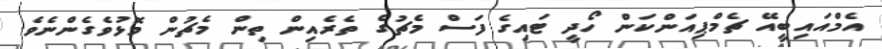
އެމްއައިބީއޭ ޗެމްޕިއަންކަން ހޯދީ ޓައިގެ ފަސް މެޗުގެ ތެރެއިން ތިން މެޗުން މޮޅުވެގެންނެވެ.